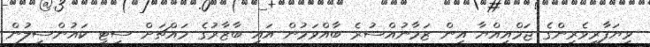
ވިޔަފާރިވެރިންގެ ޖަމްއިއްޔާ އިން ޒަމާނުއްސުރެ ބާއްވަމުން އައި ބާޒާރުގެ މައްޗަށް ސިޓީ ކައުންސިލުން